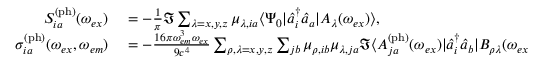
\begin{array} { r l } { S _ { i a } ^ { \mathrm { ( p h ) } } ( \omega _ { e x } ) } & { { } = - \frac { 1 } { \pi } \Im \sum _ { \lambda = x , y , z } \mu _ { \lambda , i a } \langle \Psi _ { 0 } | \hat { a } _ { i } ^ { \dagger } \hat { a } _ { a } | A _ { \lambda } ( \omega _ { e x } ) \rangle , } \\ { \sigma _ { i a } ^ { \mathrm { ( p h ) } } ( \omega _ { e x } , \omega _ { e m } ) } & { { } = - \frac { 1 6 \pi \omega _ { e m } ^ { 3 } \omega _ { e x } } { 9 c ^ { 4 } } \sum _ { \rho , \lambda = x , y , z } \sum _ { j b } \mu _ { \rho , i b } \mu _ { \lambda , j a } \Im \langle A _ { j a } ^ { \mathrm { ( p h ) } } ( \omega _ { e x } ) | \hat { a } _ { i } ^ { \dagger } \hat { a } _ { b } | B _ { \rho \lambda } ( \omega _ { e x } , \omega _ { e m } ) \rangle , } \end{array}